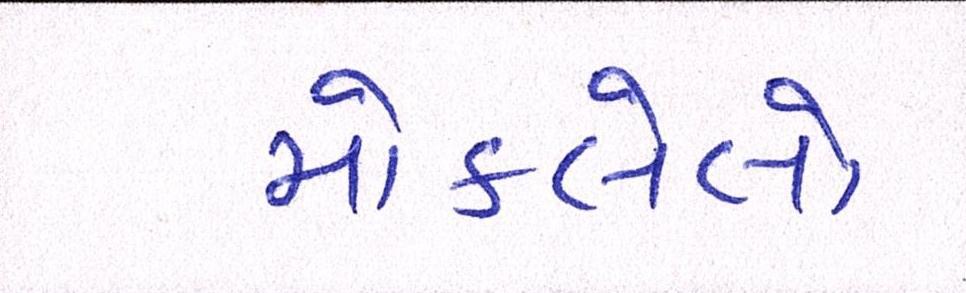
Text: મોકલેલો